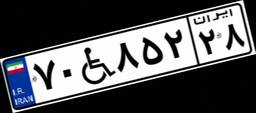
۷۰W۸۵۲۲۸